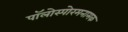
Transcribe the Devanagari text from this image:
पॉलोस्पोरमनामक